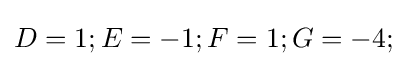
D=1;E=-1;F=1;G=-4;